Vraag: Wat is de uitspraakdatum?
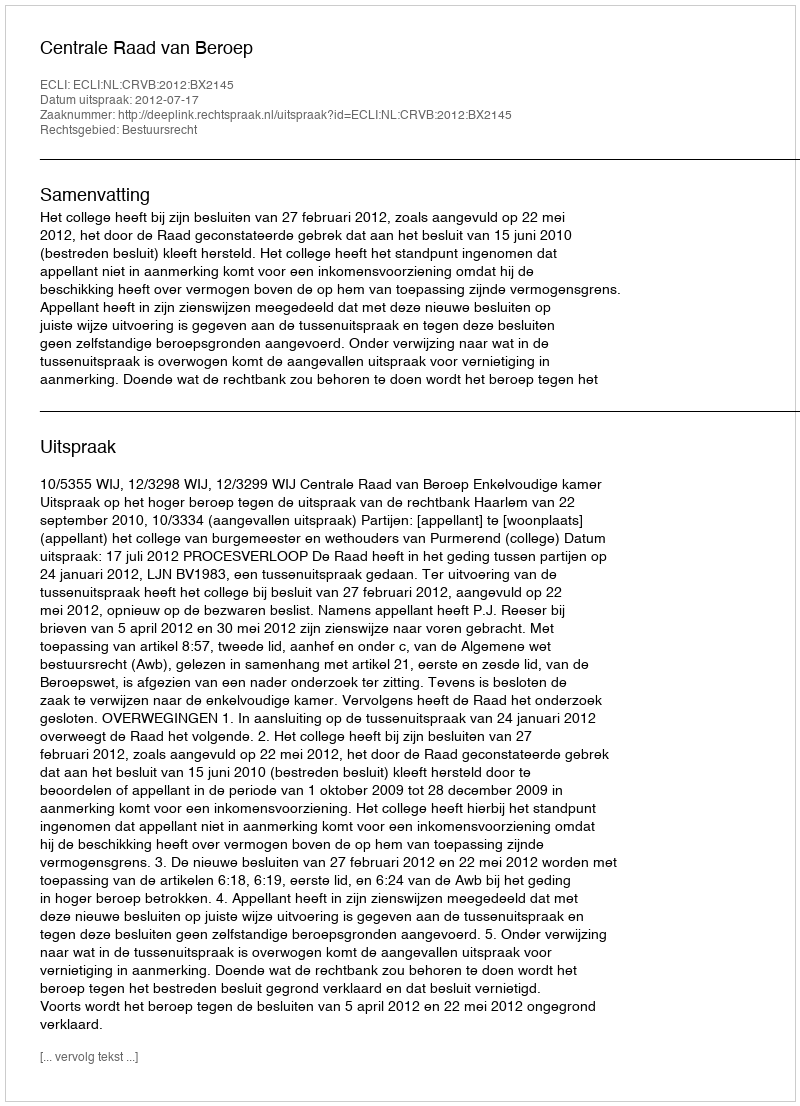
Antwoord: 2012-07-17